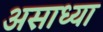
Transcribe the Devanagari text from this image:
असाध्या